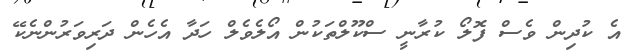
އެ ކުދިން ވެސް ފޮލޯ ކުރާނީ ސްކޫލްތަކުން އޯލެވެލް ހަދާ އެހެން ދަރިވަރުންނެކޭ